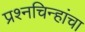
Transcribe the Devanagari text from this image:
प्रश्‍नचिन्हांचा